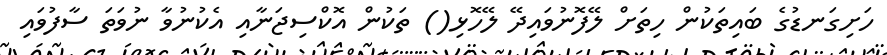
ހަށިގަނޑުގެ ބައިތަކުން ހިތަށް ލޭފޮނުވައިދޭ ލޭހޮޅި() ތަކުން އޮކްސިޖަނާއި އެކުނުވާ ނުވަތަ ސާފުވައި